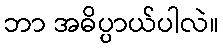
ဘာ အဓိပ္ပာယ်ပါလဲ။